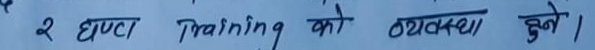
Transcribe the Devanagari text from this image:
२ घण्टा Training को व्यवस्था हुने ।